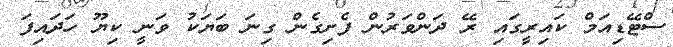
ސްޓޭޑިއަމް ކައިރީގައި ރޭ ދަންވަރުން ފެށިގެން ގިނަ ބަޔަކު ވަނީ ކިޔޫ ހަދައިފަ